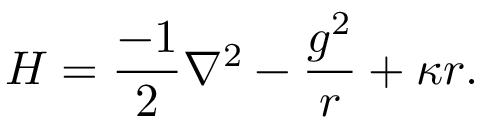
H = { \frac { - 1 } { 2 } } \nabla ^ { 2 } - { \frac { g ^ { 2 } } { r } } + \kappa r .